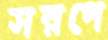
সরপে